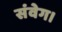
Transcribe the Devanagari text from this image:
संवेग।